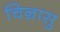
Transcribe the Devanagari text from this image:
चिन्रासु